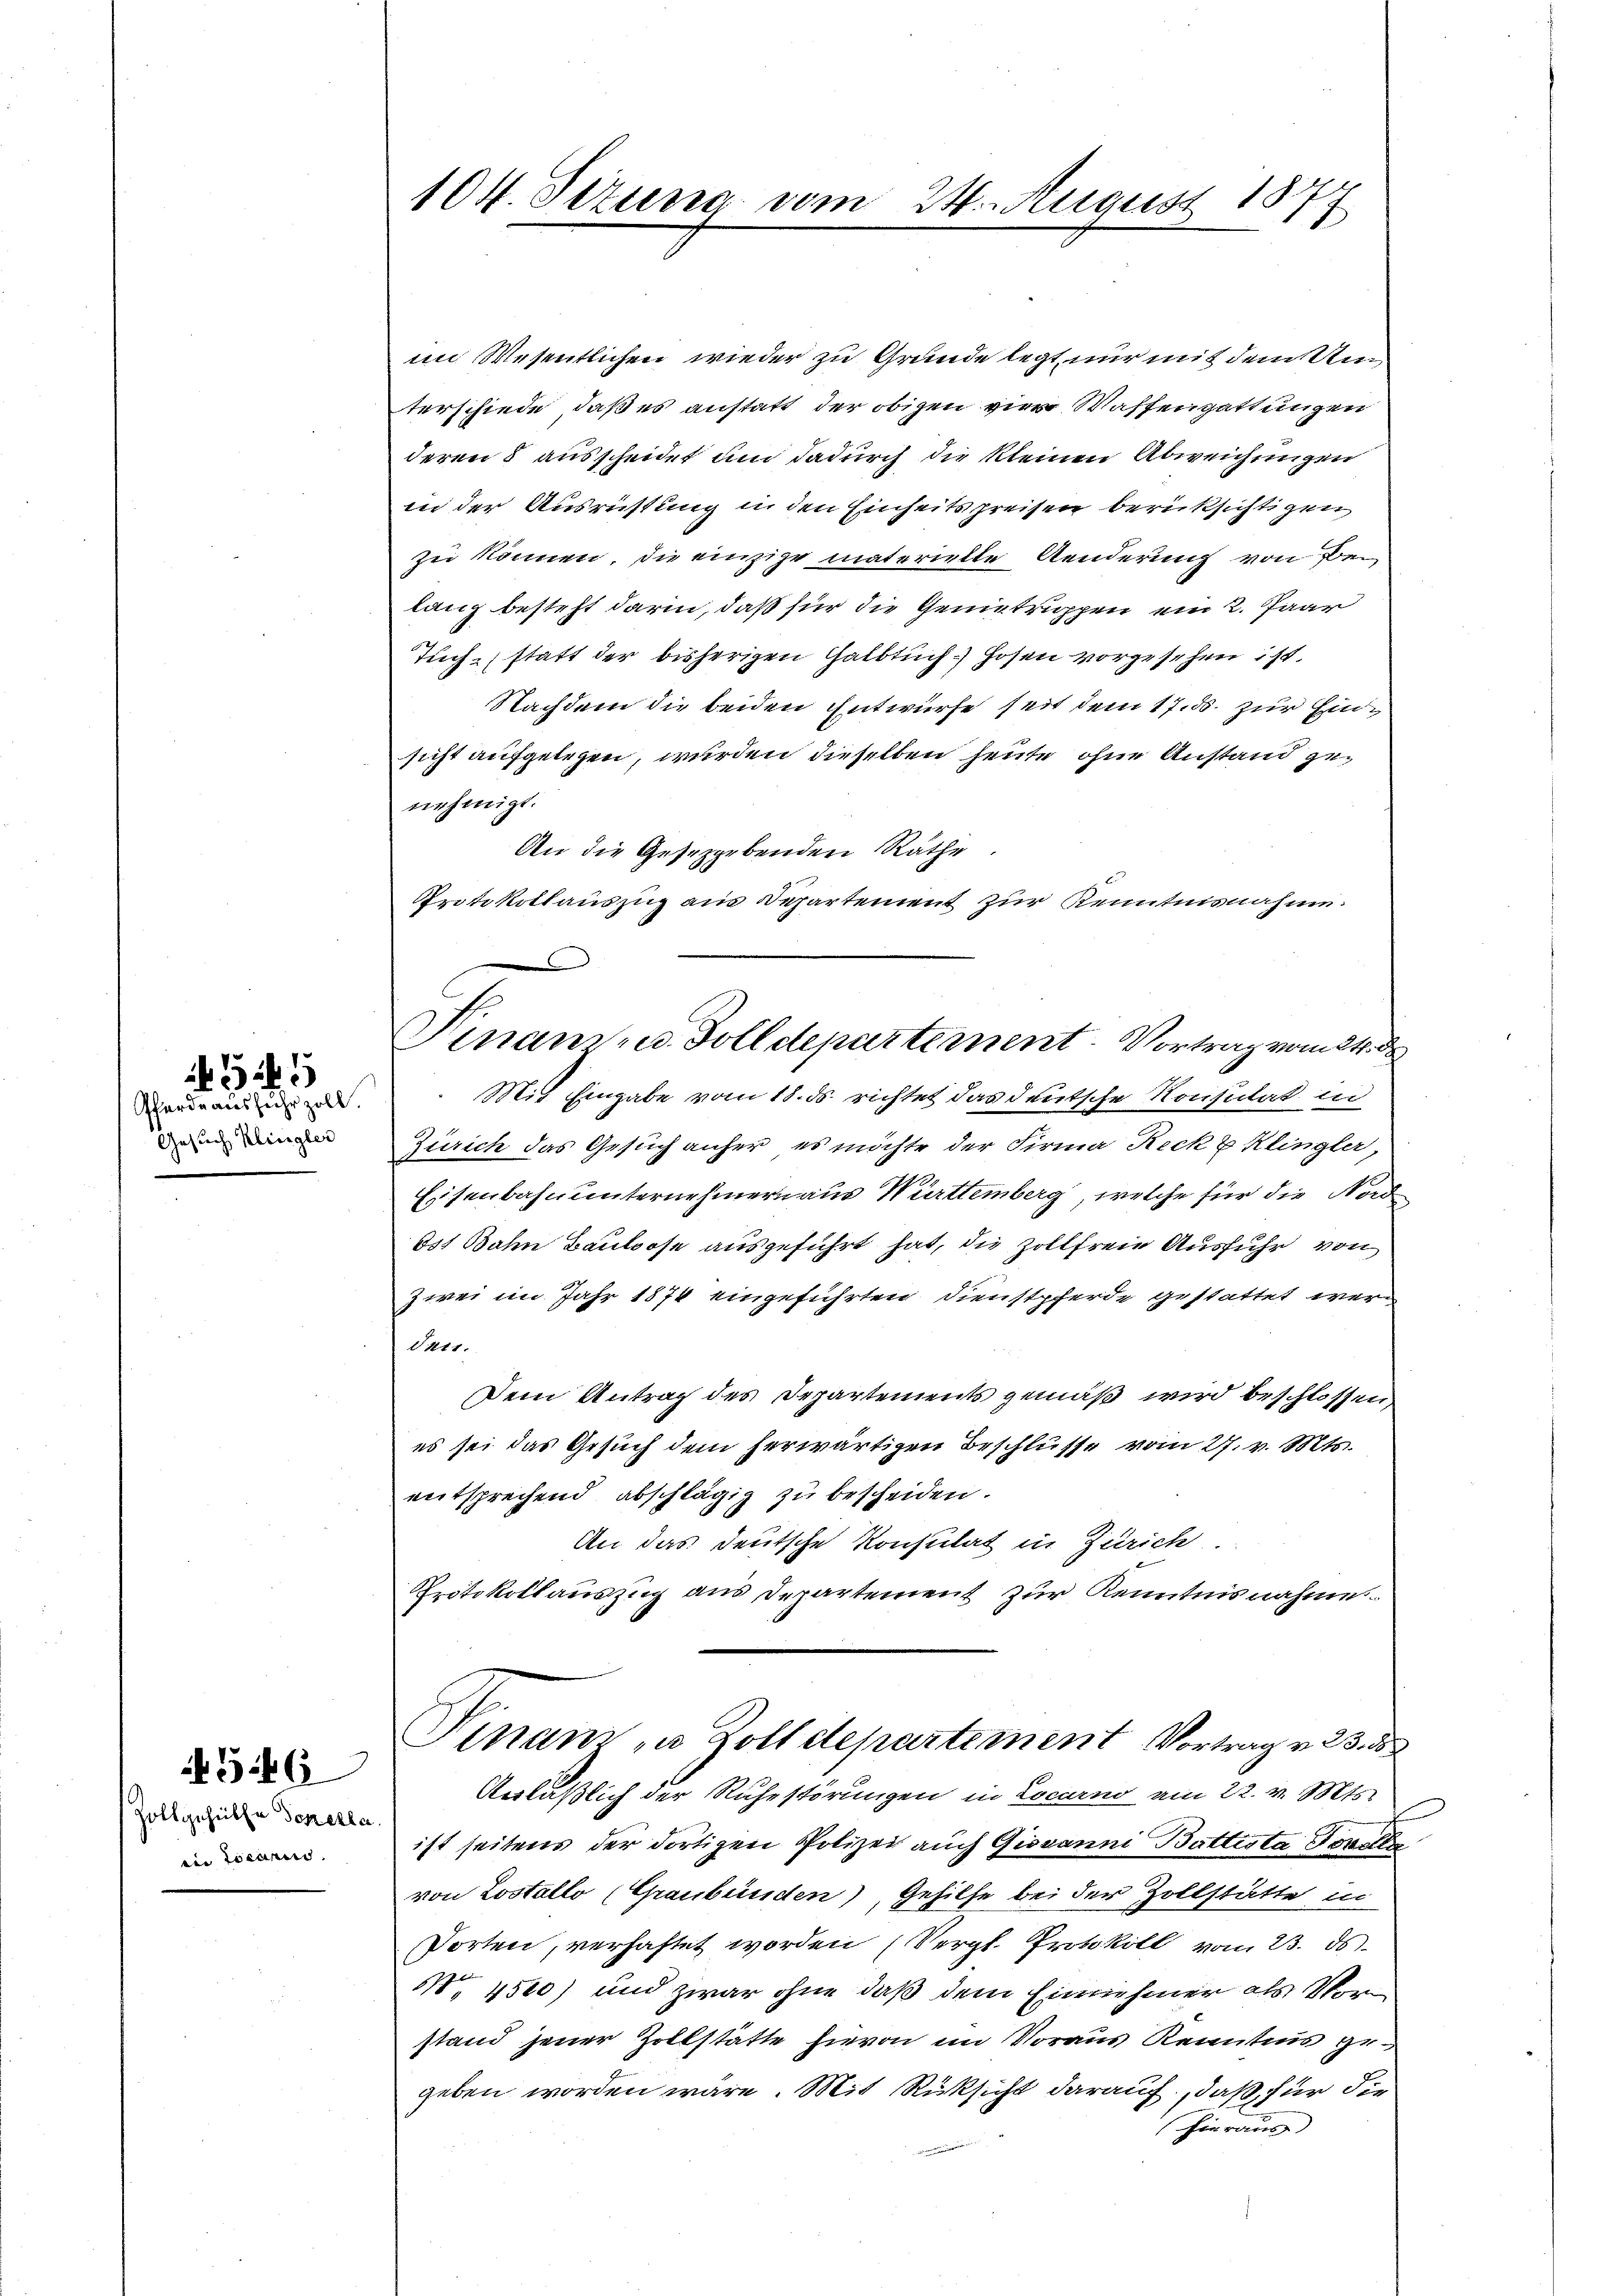
Pferde ausfuhrzoll.
Gesuch Klingler

55

Zollgehülfe donerla
an Locarii.

346

104. Sizung vom 24. August 1879

Vinam u. Solldepartement. Vortrag vom 24. ds

im Wesentlichen wieder zu Grunde legt nur mit dem Umterschiede, daß es anstatt der obigen vier Waffengattungen
deren 8 ausscheidet und dadurch die kleinen Abweichungen
in der Ausrüstung in den Einheitspreisen berücksichtigen
zu können, die einzige materielle Aenderung von Bei
lang besteht darin, daß für die Gemetrippen ein 2. Paar
Tuch-statt der bisherigen Halbtuch) Hosen vorgesehen ist.
Nachdem die beiden Entwurfe seit dem 17. ds. zur Einsicht aufgelegen, wurden dieselben heute ohne Anstand genehmigt.
An die Gesetzgebenden Räthe.
Protokollauszug aus Departement zur Kenntnisnahme.
Mit Eingabe vom 18. ds richtet das deutsche Konsulat in
Zürich das Gesuch anher, es möchte der Firma Reck & Klingler,
Eisenbahn unternehmern aus Württemberg, welche für die Nord
651 Bahn Baulose ausgeführt hat, die Zollfreie Ausfuhr von
zwei im Jahr 1874 eingeführten Dienstpferde gestattet wer¬
Ort1.
Dem Antrag des Departements gemäß wird beschlossen,
es sei das Gesuch dem herwärtigen Beschlüsse vom 27. v. Mts.
entsprechend abschlägig zu bescheiden.
An das deutsche Konsulat in Zürich.
Protokollauszug aus Departement zur Kenntnisnahme.
Sinam u. Zoll Stepartement Vortrag v. 23. 35
Anläßlich der Ruhestörungen in Locarno am 22. v. Mts.
ist seitens der dortigen Polizei auch Giovanni Battista Novelle
von Lostallo (Graubünden), Gehilfe bei der Zollstätte in
Porten, verhaftet worden (Vergl. Protokoll vom 23. ds.
 4530) und zwar ohne daß dem Einnehmer als Vorstand jener Zollstätte hievon im Voraus Kenntnis gegeben worden wäre. Mit Rüksicht darauf, daß für die
Hieraus |
e